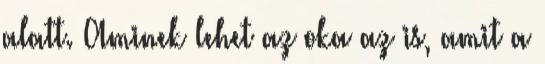
alatt. Aminek lehet az oka az is, amit a